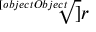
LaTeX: \sqrt [ [object Object] ] { r }